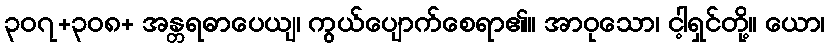
၃၀၇+၃၀၈+ အန္တရဓာပေယျ၊ ကွယ်ပျောက်စေရာ၏။ အာဝုသော၊ ငါ့ရှင်တို့။ ယော၊